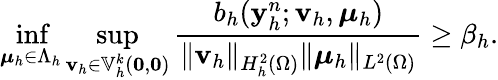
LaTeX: \operatorname*{inf}_{\boldsymbol{\mu}_{h}\in\Lambda_{h}}\operatorname*{sup}_{\mathbf{v}_{h}\in\mathbb{V}_{h}^{k}(\boldsymbol{0},\boldsymbol{0})}\frac{b_{h}(\mathbf{y}_{h}^{n};\mathbf{v}_{h},\boldsymbol{\mu}_{h})}{\| \mathbf{v}_{h}\| _{H_{h}^{2}(\Omega)}\| \boldsymbol{\mu}_{h}\| _{L^{2}(\Omega)}}\ge\beta_{h}.